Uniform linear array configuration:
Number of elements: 64
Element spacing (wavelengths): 0.25
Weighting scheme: hamming
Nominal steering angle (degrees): -60
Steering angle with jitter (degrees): -59.345
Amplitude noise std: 0.05
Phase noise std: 0.05

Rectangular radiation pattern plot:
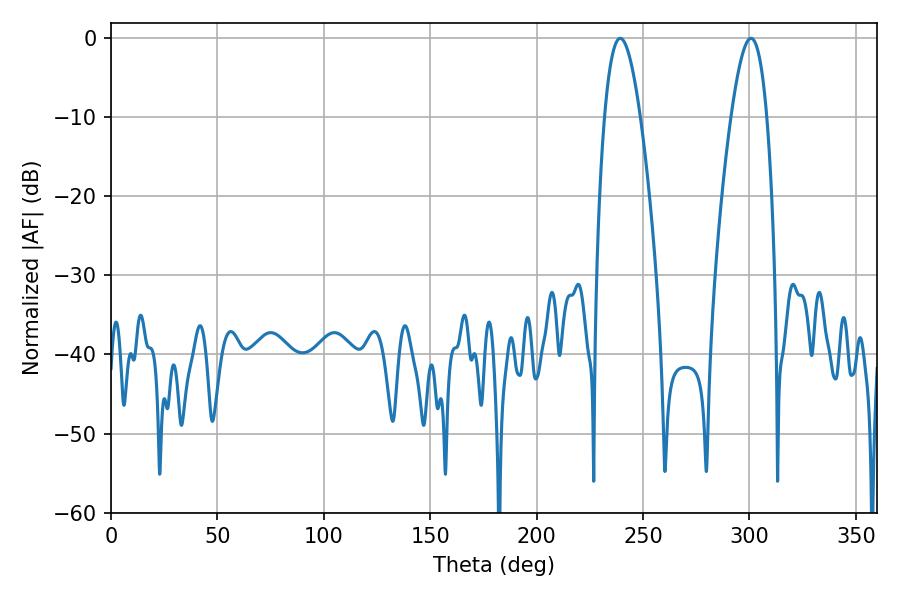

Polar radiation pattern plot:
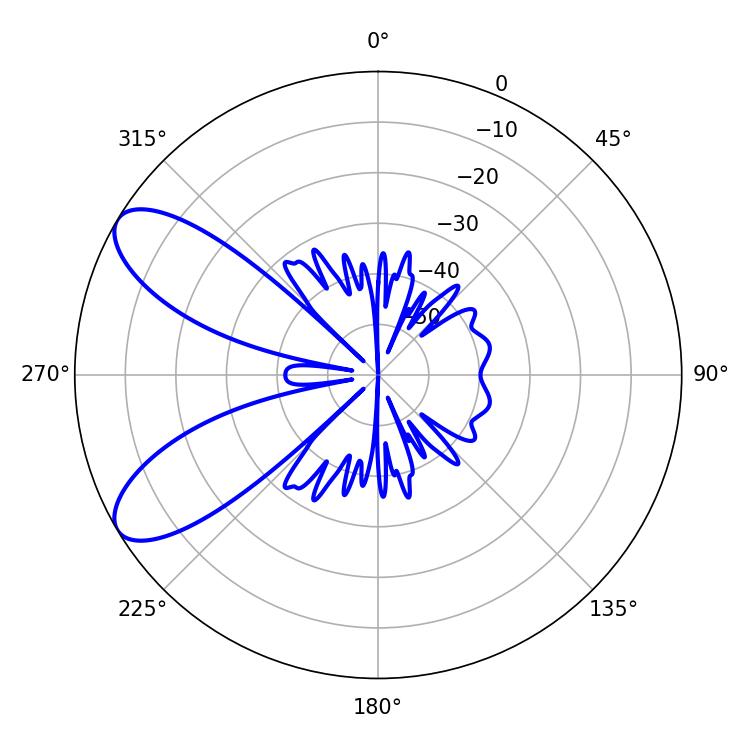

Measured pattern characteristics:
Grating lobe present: FALSE
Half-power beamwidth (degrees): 9
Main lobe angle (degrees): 239.22